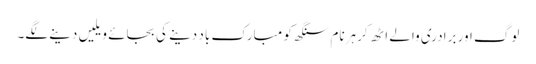
لوگ اور برادری والے اٹھ کر ہرنام سنگھ کو مبارک باد دینے کی بجائے ویلیں دینے لگے۔